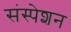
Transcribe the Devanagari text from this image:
संस्पेशन